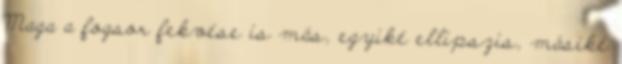
Maga a fogsor fekvése is más, egyiké ellipszis, másiké